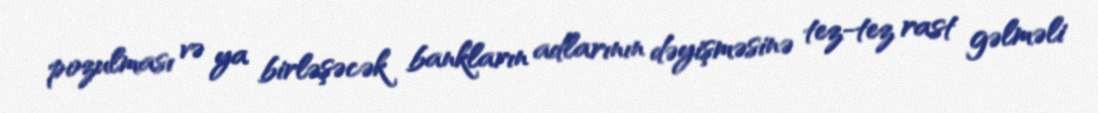
pozulması və ya birləşəcək bankların adlarının dəyişməsinə tez-tez rast gəlməli